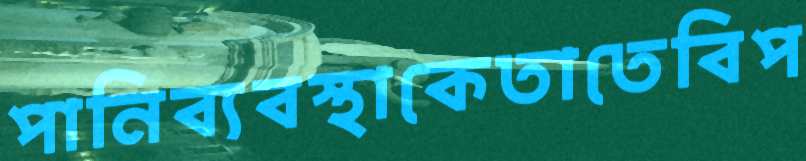
পানিব্যবস্থাকেতাতেবিপ